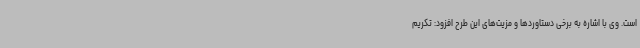
است. وی با اشاره به برخی دستاوردها و مزیت‌های این طرح افزود: تکریم